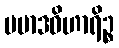
ပမာဒဝိဟာရိဉ္စ